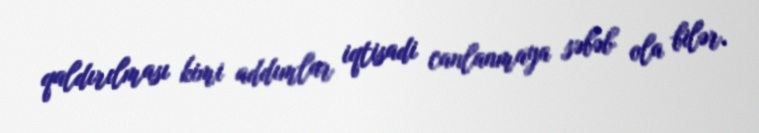
qaldırılması kimi addımlar iqtisadi canlanmaya səbəb ola bilər.